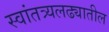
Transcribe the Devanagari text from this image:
स्वांतत्र्यलढ्यातील